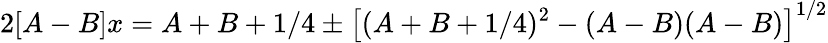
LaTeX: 2[A-B]x=A+B+1/4\pm\left[(A+B+1/4)^{2}-(A-B)(A-B)\right]^{1/2}